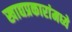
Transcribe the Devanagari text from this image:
खाद्यप्रकारांमध्ये